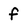
Character: f